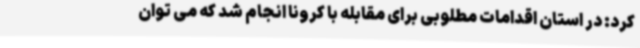
کرد: در استان اقدامات مطلوبی برای مقابله با کرونا انجام شد که می توان